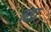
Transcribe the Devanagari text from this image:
त्सा